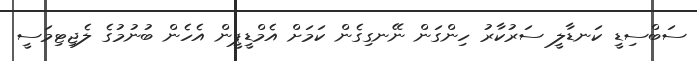
ސަބްސިޑީ ކަނޑާލީ ސަރުކާރު ހިންގަން ނޭނގިގެން ކަމަށް އެމްޑީޕީން އެހެން ބުނުމުގެ ލެޖިޓިމަސީ